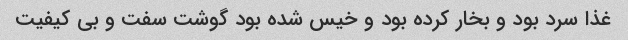
غذا سرد بود و بخار کرده بود و خیس شده بود گوشت سفت و بی کیفیت